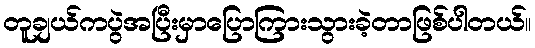
တူချယ်ကပွဲအပြီးမှာပြောကြားသွားခဲ့တာဖြစ်ပါတယ်။